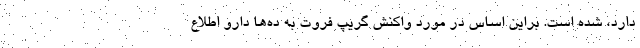
دارد، شده است. براین اساس در مورد واکنش گریپ فروت به ده‌ها دارو اطلاع